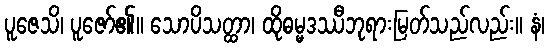
ပူဇေသိ၊ ပူဇော်၏။ သောပိသတ္ထာ၊ ထိုဓမ္မဒဿီဘုရားမြတ်သည်လည်း။ နံ၊